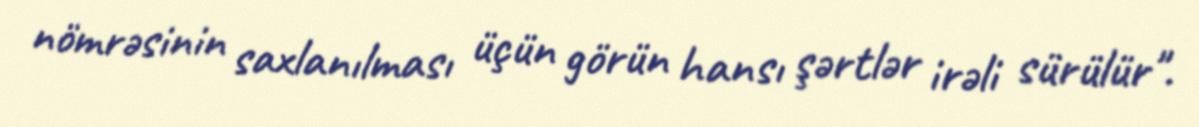
nömrəsinin saxlanılması üçün görün hansı şərtlər irəli sürülür".